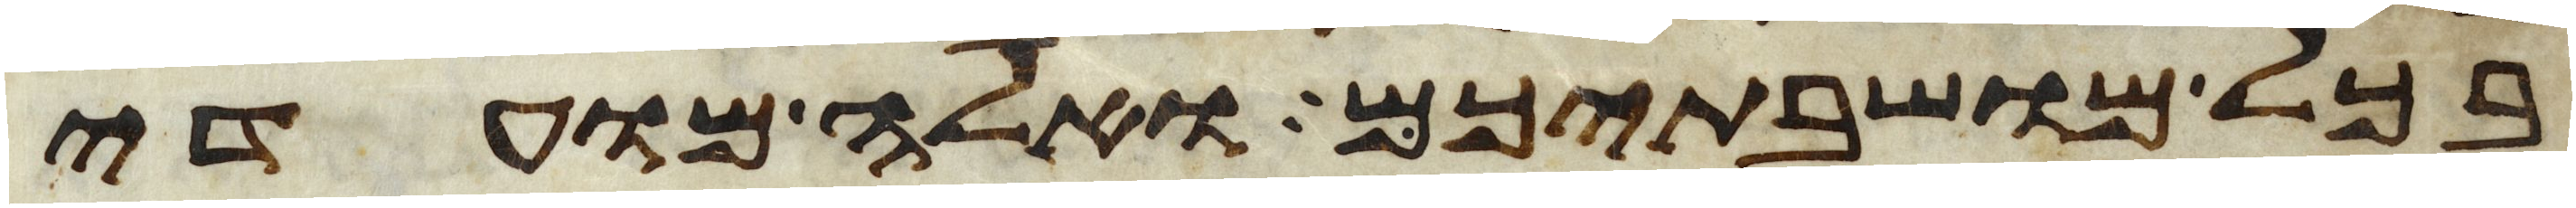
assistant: בכל מושבתיכם ואלה מועדי